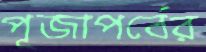
পূজাপর্বের